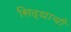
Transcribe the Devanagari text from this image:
सिद्धाची